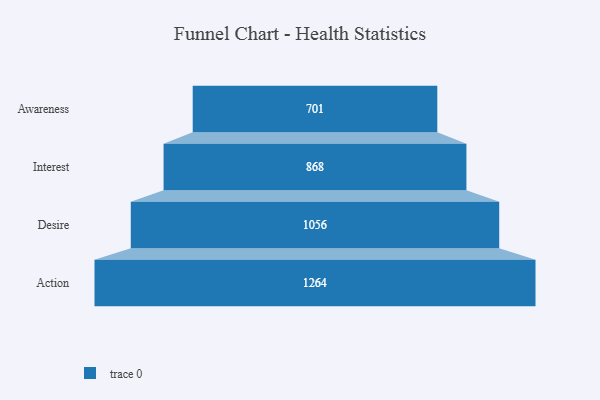
{"axis": {"x": "Stage", "y": "Value"}, "legend": [""], "data": [{"x": "Awareness", "y": 701.0, "type": ""}, {"x": "Interest", "y": 868.0, "type": ""}, {"x": "Desire", "y": 1056.0, "type": ""}, {"x": "Action", "y": 1264.0, "type": ""}]}